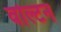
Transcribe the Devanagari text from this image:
वोल्टन